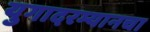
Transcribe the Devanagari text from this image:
युगादरम्यानचा